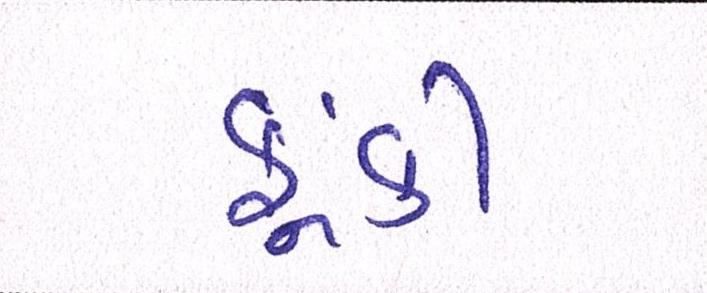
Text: ફૂંકી